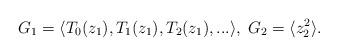
LaTeX: \begin{align*}G_1 =\langle T_0 (z_1 ), T_1 (z_1 ), T_2 (z_1 ), ... \rangle,\; G_2 =\langle z_2^2 \rangle.\end{align*}